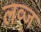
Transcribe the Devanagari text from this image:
लव्ज